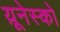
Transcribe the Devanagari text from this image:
य़ूनेस्को